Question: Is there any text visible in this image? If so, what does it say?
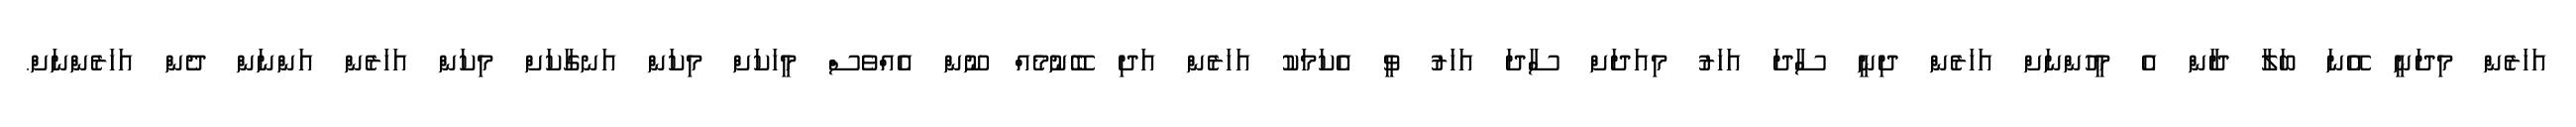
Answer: އަހަރެން މިދަނީ އޭނަ ބަލާ ދާން އެ މީހުންނަށް އަހަރެން ދިނީ ސާދަ އަހަރު މިއަދަށް ސާދަ އަހަރު ވީ އެކަމަކު އަހަރެން އަދި ބޭނުމެއް ނޫން އެއްވެސް މީހަކަށް މިކަން އަނގާކަށް މިކަން އަހަރެން އަންނަން ދެން އަހަރެންނަށް.